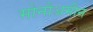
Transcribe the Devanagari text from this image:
मोनोअमीन